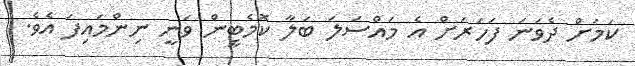
ކަމަށް ދެވަނަ ފަހަރަށް އެ މައްސަލަ ބަލާ ކޮމެޓީން ވަނީ ނިންމައިފަ އެވެ.